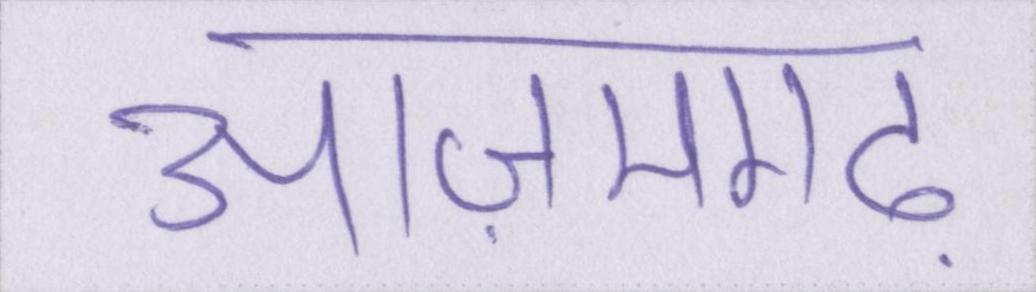
आज़मगढ़